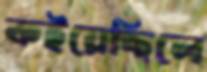
কইয়েছিলে